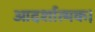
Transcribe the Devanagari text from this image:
आदर्शात्मक।